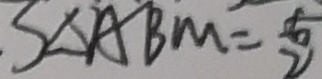
S \Delta A B M = \frac { 5 } { 2 }